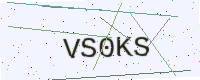
Text: VS0KS